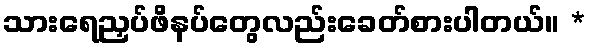
သားရေညှပ်ဖိနပ်တွေလည်းခေတ်စားပါတယ်။ *